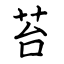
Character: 苔